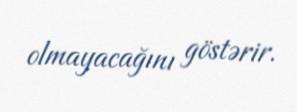
olmayacağını göstərir.